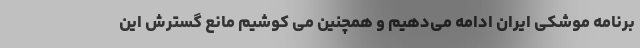
برنامه موشکی ایران ادامه می‌دهیم و همچنین می کوشیم مانع گسترش این